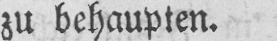
zu behaupten.